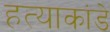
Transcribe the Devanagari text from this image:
हत्याकांडे